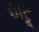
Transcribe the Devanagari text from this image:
छाटू